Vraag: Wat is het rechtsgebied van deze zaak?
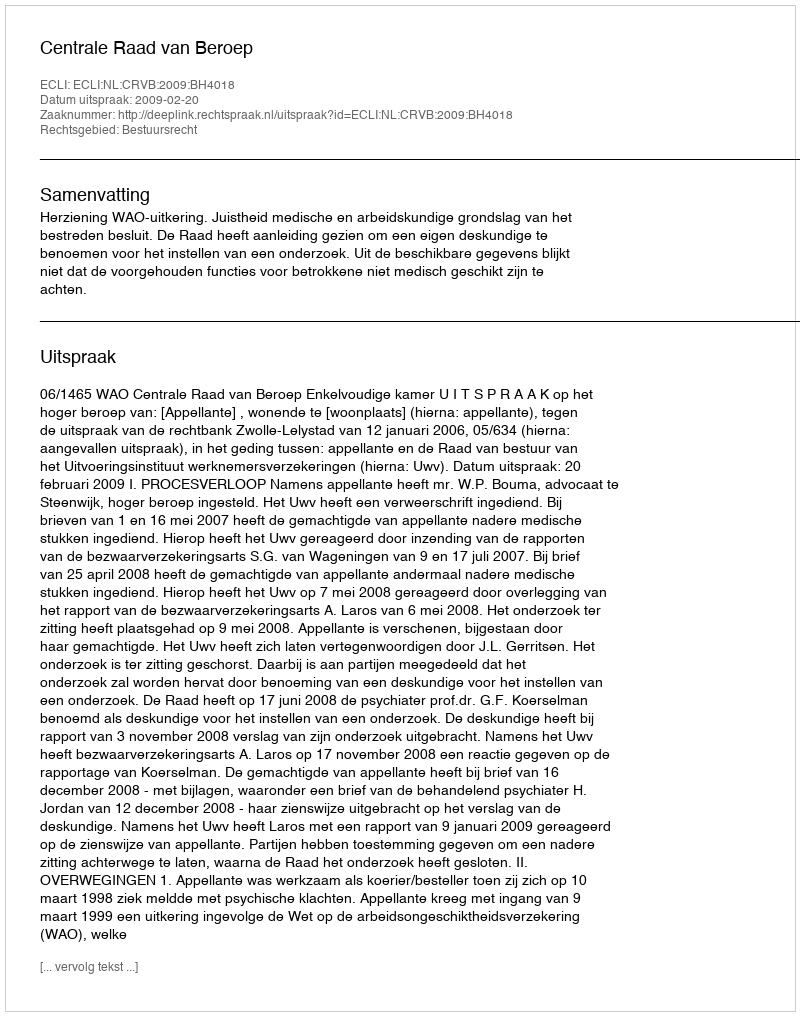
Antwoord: Bestuursrecht